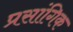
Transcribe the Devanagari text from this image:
प्रसांगिक